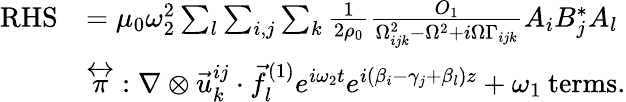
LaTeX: \begin{array}{rl}{\mathrm{RHS}}&{=\mu_{0}\omega_{2}^{2}\sum_{l}\sum_{i,j}\sum_{k}\frac{1}{2\rho_{0}}\frac{O_{1}}{\Omega_{ijk}^{2}-\Omega^{2}+i\Omega\Gamma_{ijk}}A_{i}B_{j}^{*}A_{l}}\\ &{{\stackrel{\leftrightarrow}{\pi}}:\nabla\otimes\vec{u}_{k}^{ij}\cdot\vec{f}_{l}^{(1)}e^{i\omega_{2}t}e^{i(\beta_{i}-\gamma_{j}+\beta_{l})z}+\omega_{1}\: \mathrm{{terms}.}}\end{array}